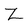
Character: z